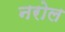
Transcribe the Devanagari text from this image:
नरोल